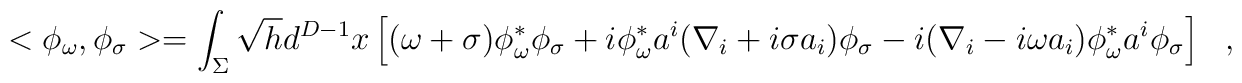
<\phi_\omega,\phi_\sigma>=\int_{\Sigma}\sqrt{h}d^{D-1}x\left[(\omega+\sigma)\phi^{*}_\omega \phi_{\sigma}+i\phi^{*}_\omega a^i(\nabla_i+i\sigma a_i)\phi_\sigma-i(\nabla_i-i\omega a_i)\phi^{*}_\omega a^i\phi_\sigma \right]~~~,